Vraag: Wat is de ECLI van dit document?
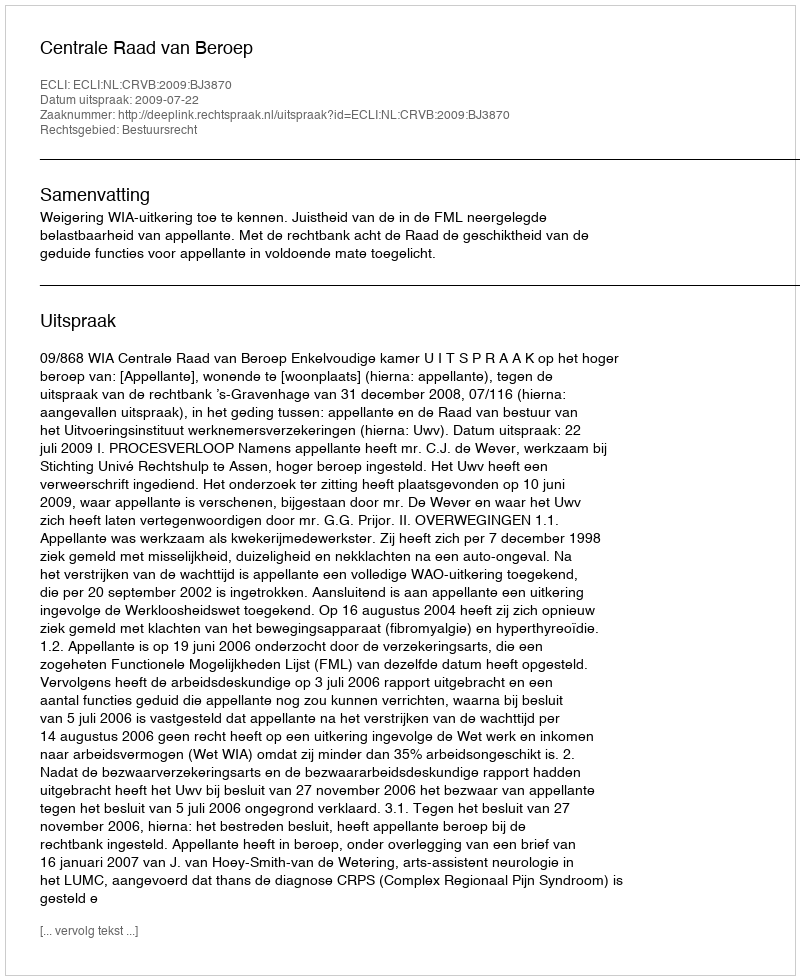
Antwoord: ECLI:NL:CRVB:2009:BJ3870